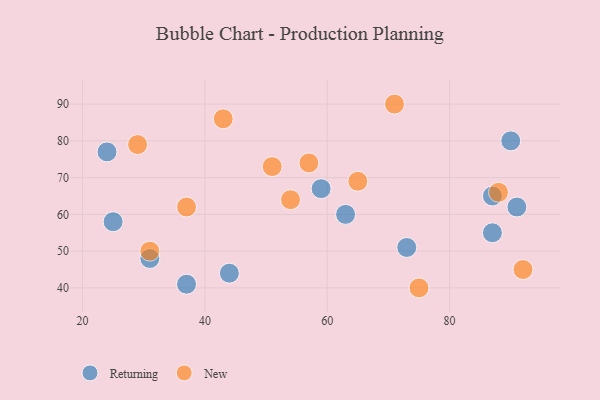
{"axis": {"x": "GDP", "y": "Life Expectancy"}, "legend": ["New", "Returning"], "data": [{"x": "91", "y": 62, "type": "Returning"}, {"x": "31", "y": 48, "type": "Returning"}, {"x": "90", "y": 80, "type": "Returning"}, {"x": "37", "y": 41, "type": "Returning"}, {"x": "63", "y": 60, "type": "Returning"}, {"x": "87", "y": 55, "type": "Returning"}, {"x": "24", "y": 77, "type": "Returning"}, {"x": "59", "y": 67, "type": "Returning"}, {"x": "87", "y": 65, "type": "Returning"}, {"x": "44", "y": 44, "type": "Returning"}, {"x": "25", "y": 58, "type": "Returning"}, {"x": "73", "y": 51, "type": "Returning"}, {"x": "57", "y": 74, "type": "New"}, {"x": "51", "y": 73, "type": "New"}, {"x": "88", "y": 66, "type": "New"}, {"x": "37", "y": 62, "type": "New"}, {"x": "71", "y": 90, "type": "New"}, {"x": "65", "y": 69, "type": "New"}, {"x": "75", "y": 40, "type": "New"}, {"x": "92", "y": 45, "type": "New"}, {"x": "54", "y": 64, "type": "New"}, {"x": "29", "y": 79, "type": "New"}, {"x": "43", "y": 86, "type": "New"}, {"x": "31", "y": 50, "type": "New"}]}